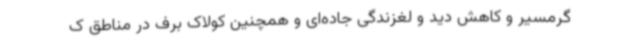
گرمسیر و کاهش دید و لغزندگی جاده‌ای و همچنین کولاک برف در مناطق ک